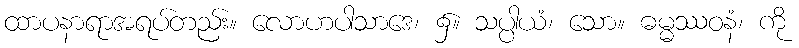
ထာပနာရာအရပ်တည်း။ လောဟပါသာဒေ၊ ၌။ သပ္ပါယံ၊ သော။ ဓမ္မဿဝနံ၊ ကို